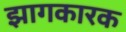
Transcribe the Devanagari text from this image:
झागकारक